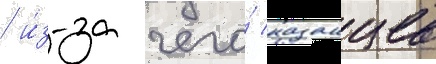
/ и́з-за чего́ казанцев